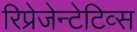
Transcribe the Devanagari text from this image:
रिप्रेजेन्टेटिव्स